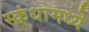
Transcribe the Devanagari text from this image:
स्कंधामध्ये